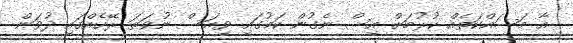
އާ މަސައްކަތެއް ކުރުމަށް އިސް ނެގުން ކަމުގައި ވިއަސް ނުވަތަ ރޭހެއްގައި ދުވަން